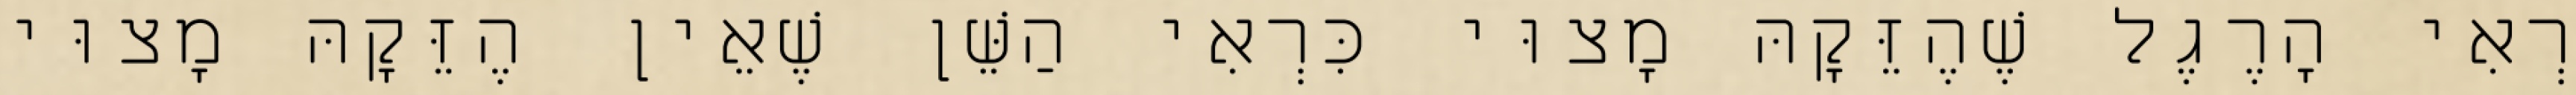
רְאִי הָרֶגֶל שֶׁהֶזֵּקָהּ מָצוּי כִּרְאִי הַשֵּׁן שֶׁאֵין הֶזֵּקָהּ מָצוּי